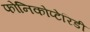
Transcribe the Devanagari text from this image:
फोनिकोप्टेरिडी